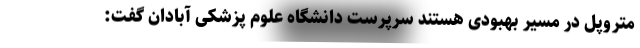
متروپل در مسیر بهبودی هستند سرپرست دانشگاه علوم پزشکی آبادان گفت: